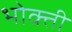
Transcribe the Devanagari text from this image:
भोक्ती